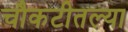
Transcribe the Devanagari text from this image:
चौकटीतल्या